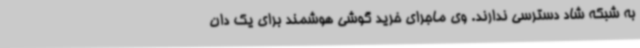
به شبکه شاد دسترسی ندارند. وی ماجرای خرید گوشی هوشمند برای یک دان